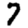
Digit: 7